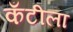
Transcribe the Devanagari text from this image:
कँटीला